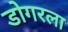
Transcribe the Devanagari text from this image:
डोगरला